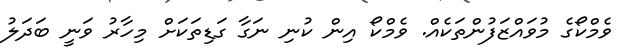
ވެމްކޯގެ މުވައްޒަފުންތަކެއް. ވެމްކޯ އިން ކުނި ނަގާ ގަޑިތަކަށް މިހާރު ވަނީ ބަދަލު